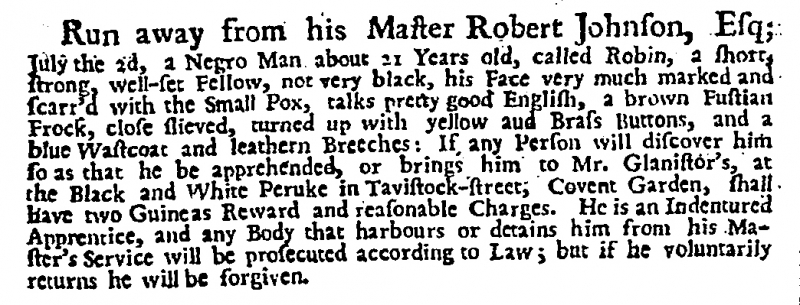
Daily Post, 7 July 1726 (England)
Run away from his Master Robert Johnson, Esq; July the 2d, a Negro Man about 21 Years old, called Robin, a short, strong, well-set Fellow, not very black, his Face very much marked and scarr’d with the Small Pox, talks pretty good English, a brown Fustian Frock, close slieved, turned up with yellow and Brass Buttons, and a blue Wastcoat and leathern Breeches: If any Person will discover him so as that he be apprehended, or brings him to Mr. Glanistor’s, at the Black and White Peruke in Tavistock-street, Covent Garden, shall have two Guineas Reward and reasonable Charges. He is an Indentured Apprentice, and any Body that harbours or detains him from his Master’s Service will be prosecuted according to Law; but if he voluntarily returns he will be forgiven.